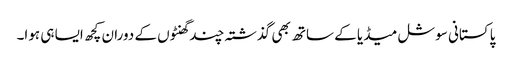
پاکستانی سوشل میڈیا کے ساتھ بھی گذشتہ چند گھنٹوں کے دوران کچھ ایسا ہی ہوا۔